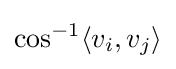
\cos ^{-1}\langle v_{i},v_{j}\rangle